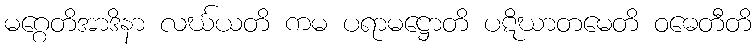
မဂ္ဂေတိအာဒိနာ လင်္ဃယတိ ကမ ပရာမဋ္ဌောတိ ပဋိဃာတမေတိ ဝဓေတီတိ